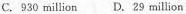
C.930 millionD.29 million